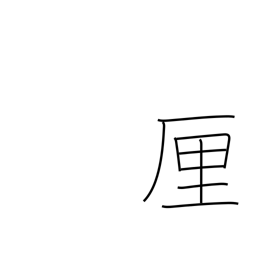
Meaning: rin